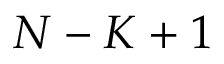
N - K + 1